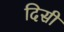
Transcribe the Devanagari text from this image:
दिसी